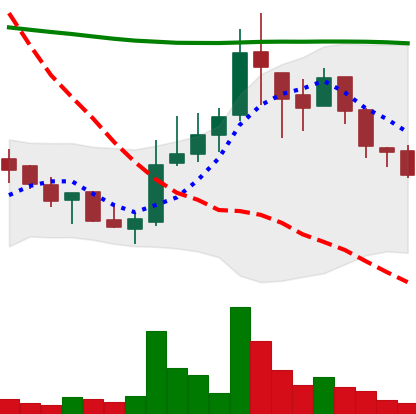
Ticker: LINK-USD
Chart end date: 2018-08-06
Forward return: 14.462%
Label: up_7plus